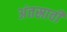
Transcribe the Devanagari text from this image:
अंतस्रावी